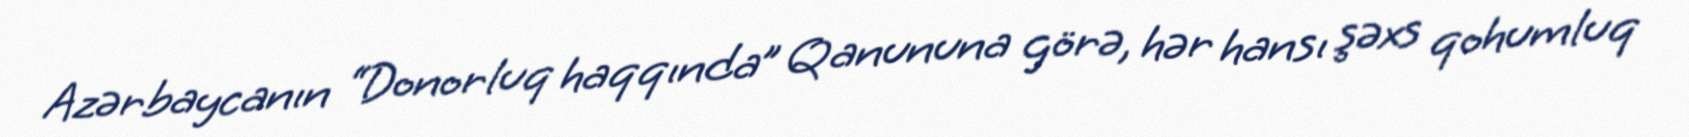
Azərbaycanın “Donorluq haqqında” Qanununa görə, hər hansı şəxs qohumluq